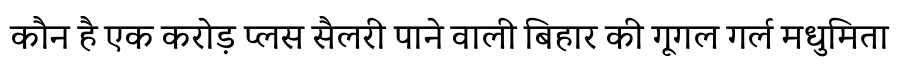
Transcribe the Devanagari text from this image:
कौन है एक करोड़ प्लस सैलरी पाने वाली बिहार की गूगल गर्ल मधुमिता